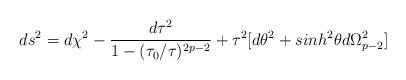
LaTeX: \begin{align*}ds^2= d\chi^2 -\frac{d\tau^2}{1-(\tau_0/\tau)^{2p-2} } + \tau^2[d\theta^2 + sinh^2\theta d\Omega^2_{p-2}]\end{align*}